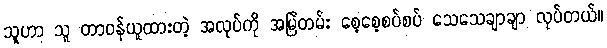
သူဟာ သူ တာဝန်ယူထားတဲ့ အလုပ်ကို အမြဲတမ်း စေ့စေ့စပ်စပ် သေသေချာချာ လုပ်တယ်။